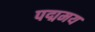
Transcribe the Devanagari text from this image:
पद्ममय